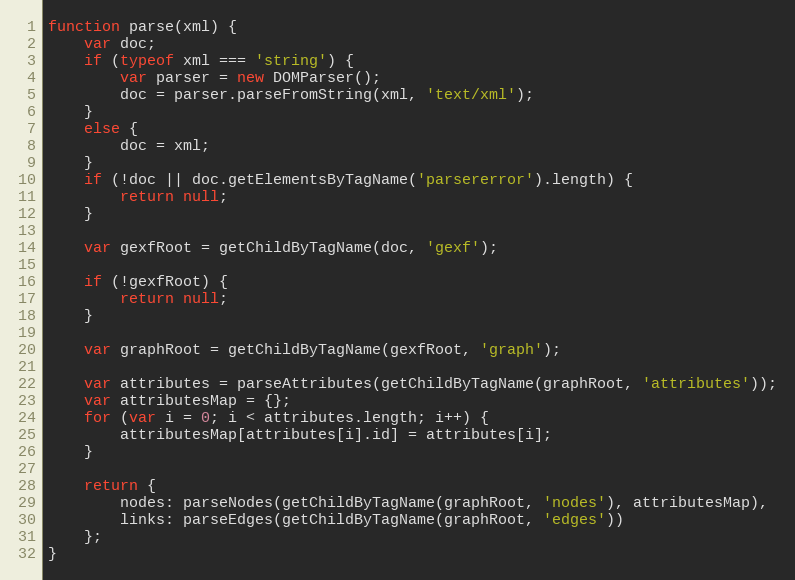
Language: JavaScript
function parse(xml) {
    var doc;
    if (typeof xml === 'string') {
        var parser = new DOMParser();
        doc = parser.parseFromString(xml, 'text/xml');
    }
    else {
        doc = xml;
    }
    if (!doc || doc.getElementsByTagName('parsererror').length) {
        return null;
    }

    var gexfRoot = getChildByTagName(doc, 'gexf');

    if (!gexfRoot) {
        return null;
    }

    var graphRoot = getChildByTagName(gexfRoot, 'graph');

    var attributes = parseAttributes(getChildByTagName(graphRoot, 'attributes'));
    var attributesMap = {};
    for (var i = 0; i < attributes.length; i++) {
        attributesMap[attributes[i].id] = attributes[i];
    }

    return {
        nodes: parseNodes(getChildByTagName(graphRoot, 'nodes'), attributesMap),
        links: parseEdges(getChildByTagName(graphRoot, 'edges'))
    };
}